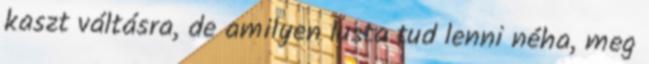
kaszt váltásra, de amilyen lusta tud lenni néha, meg